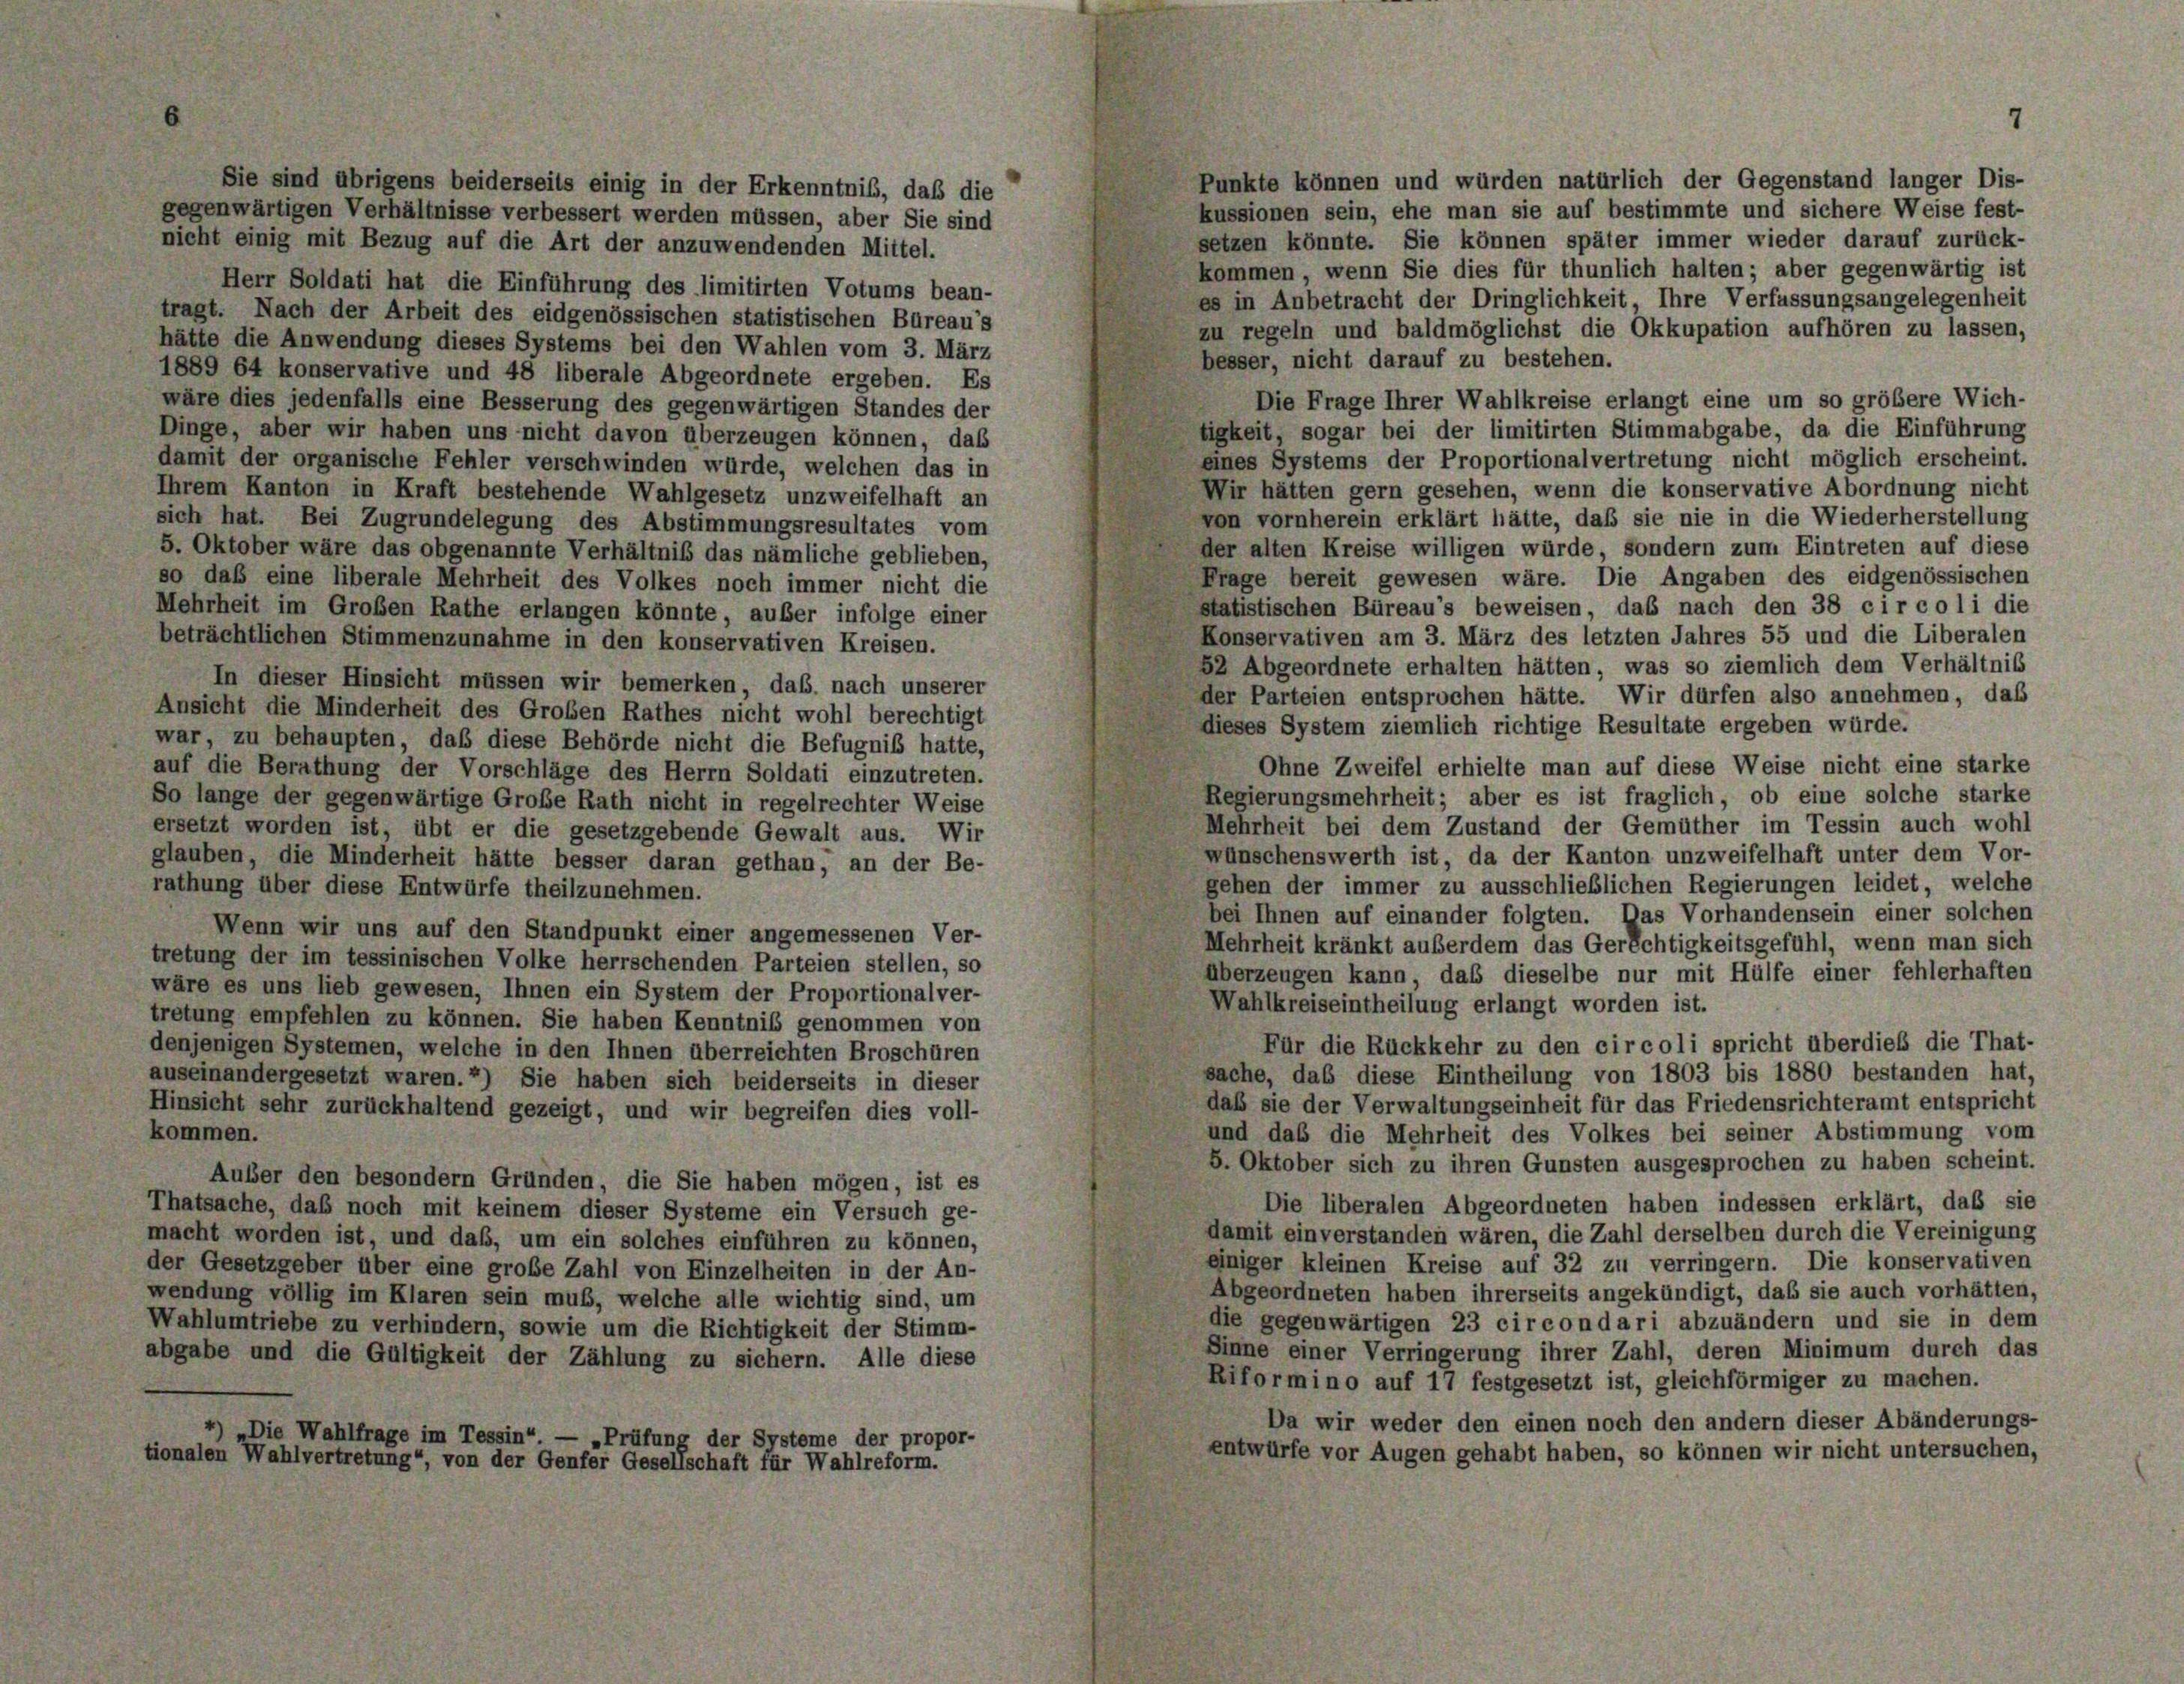
7

Punkte können und würden natürlich der Gegenstand langer Dis-
Sie sind übrigens beiderseits einig in der Erkenntnis, daß die
kussionen sein, ehe man sie auf bestimmte und sichere Weise fest-
gegenwärtigen Verhältnisse verbessert werden müssen, aber Sie sind
setzen könnte. Sie können später immer wieder darauf zurück-
nicht einig mit Bezug auf die Art der anzuwendenden Mittel.
kommen, wenn Sie dies für thunlich halten; aber gegenwärtig ist
Herr Soldati hat die Einführung des limitirten Votums bean-
es in Anbetracht der Dringlichkeit, Ihre Verfassungsangelegenheit
tragt. Nach der Arbeit des eidgenössischen statistischen Büreau’s
zu regeln und baldmöglichst die Okkupation aufhören zu lassen,
hätte die Anwendung dieses Systems bei den Wahlen vom 3. März
besser, nicht darauf zu bestehen.
1889 64 konservative und 48 liberale Abgeordnete ergeben. Es
Die Frage Ihrer Wahlkreise erlangt eine um so größere Wich-
wäre dies jedenfalls eine Besserung des gegenwärtigen Standes der
tigkeit, sogar bei der limitirten Stimmabgabe, da die Einführung
Dinge, aber wir haben uns nicht davon überzeugen können, daß
eines Systems der Proportionalvertretung nicht möglich erscheint.
damit der organische Fehler verschwinden würde, welchen das in
Wir hätten gern gesehen, wenn die konservative Abordnung nicht
Ihrem Kanton in Kraft bestehende Wahlgesetz unzweifelhaft an
von vornherein erklärt hätte, daß sie nie in die Wiederherstellung
sich hat. Bei Zugrundelegung des Abstimmungsresultates vom
der alten Kreise willigen würde, sondern zum Eintreten auf diese
5. Oktober wäre das obgenannte Verhältniß das nämliche geblieben,
Frage bereit gewesen wäre. Die Angaben des eidgenössischen
so daß eine liberale Mehrheit des Volkes noch immer nicht die
statistischen Büreau’s beweisen, das nach den 38 circoli die
Mehrheit im Großen Rathe erlangen könnte, außer infolge einer
Konservativen am 3. März des letzten Jahres 55 und die Liberalen
beträchtlichen Stimmenzunahme in den konservativen Kreisen.
52 Abgeordnete erhalten hätten, was so ziemlich dem Verhältnis
In dieser Hinsicht müssen wir bemerken, daß, nach unserer
der Parteien entsprochen hätte. Wir dürfen also annehmen, das
Ansicht die Minderheit des Großen Rathes nicht wohl berechtigt
dieses System ziemlich richtige Resultate ergeben würde.
war, zu behaupten, daß diese Behörde nicht die Befugniß hatte,
Ohne Zweifel erhielte man auf diese Weise nicht eine starke
auf die Berathung der Vorschläge des Herrn Soldati einzutreten.
Regierungsmehrheit; aber es ist fraglich, ob eine solche starke
So lange der gegenwärtige Große Rath nicht in regelrechter Weise
Mehrheit bei dem Zustand der Gemüther im Tessin auch wohl
ersetzt worden ist, übt er die gesetzgebende Gewalt aus. Wir
wünschenswerth ist, da der Kanton unzweifelhaft unter dem Vor-
glauben, die Minderheit hätte besser daran gethan, an der Be-
gehen der immer zu ausschließlichen Regierungen leidet, welche
rathung über diese Entwürfe theilzunehmen.
bei Ihnen auf einander folgten. Das Vorhandensein einer solchen
Wenn wir uns auf den Standpunkt einer angemessenen Ver-
Mehrheit kränkt außerdem das Gerichtigkeitsgefühl, wenn man sich
tretung der im tessinischen Volke herrschenden Parteien stellen, so
überzeugen kann, das dieselbe nur mit Hülfe einer fehlerhaften
wäre es uns lieb gewesen, Ihnen ein System der Proportionalver-
Wahlkreiseintheilung erlangt worden ist.
tretung empfehlen zu können. Sie haben Kenntnis genommen von
Für die Rückkehr zu den circoli spricht überdieß die That-
denjenigen Systemen, welche in den Ihnen überreichten Broschüren
sache, daß diese Eintheilung von 1803 bis 1880 bestanden hat,
auseinandergesetzt waren.”) Sie haben sich beiderseits in dieser
daß sie der Verwaltungseinheit für das Friedensrichteramt entspricht
Hinsicht sehr zurückhaltend gezeigt, und wir begreifen dies voll-
kommen.
und das die Mehrheit des Volkes bei seiner Abstimmung vom
5. Oktober sich zu ihren Gunsten ausgesprochen zu haben scheint.
Auber den besondern Gründen, die Sie haben mögen, ist es
Die liberalen Abgeordneten haben indessen erklärt, daß sie
Thatsache, daß noch mit keinem dieser Systeme ein Versuch ge-
damit einverstanden wären, die Zahl derselben durch die Vereinigung
macht worden ist, und daß, um ein solches einführen zu können,
einiger kleinen Kreise auf 32 zu verringern. Die konservativen
der Gesetzgeber über eine große Zahl von Einzelheiten in der An-
Abgeordneten haben ihrerseits angekündigt, daß sie auch vorhätten,
wendung völlig im Klaren sein muß, welche alle wichtig sind, um
die gegenwärtigen 23 circondari abzuändern und sie in dem
Wahlumtriebe zu verhindern, sowie um die Richtigkeit der Stimm-
Sinne einer Verringerung ihrer Zahl, deren Minimum durch das
abgabe und die Gültigkeit der Zählung zu sichern. Alle diese
Kiformino auf 17 festgesetzt ist, gleichförmiger zu machen.
Da wir weder den einen noch den andern dieser Abänderungs-
„Die Wahlfrage im Tessin“ — „Prüfung der Systeme der propor-
entwürfe vor Augen gehabt haben, so können wir nicht untersuchen,
tionalen Wahlvertretung“, von der Genfer Gesellschaft für Wahlreform.